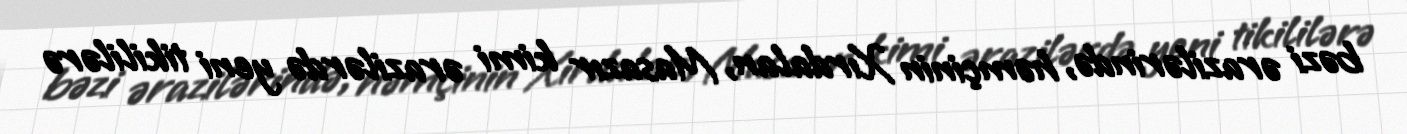
bəzi ərazilərində, həmçinin Xırdalan, Masazır kimi ərazilərdə yeni tikililərə